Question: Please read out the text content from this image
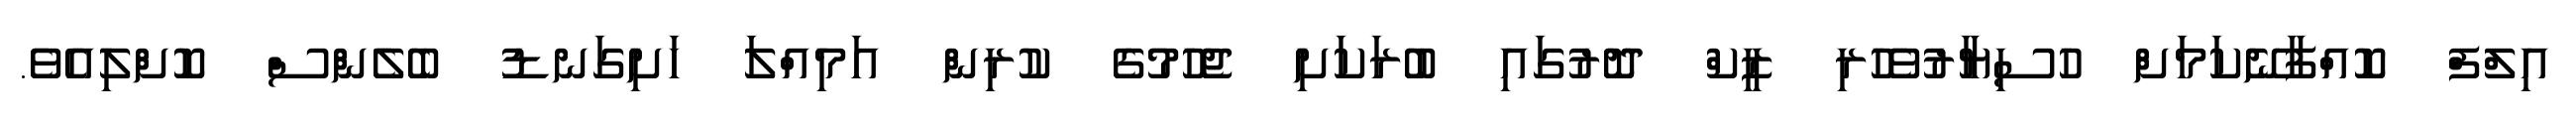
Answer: އިލްފް ކޮއްފާނޭކަމަށް ހުސިޔާރުވެހުރި ޒީކް ދޮރުގައި ބުރަކަށި ޖެހުމުގެ ކުރިން އަމިއްލަ ހަށިގަނޑު ބެލެންސް ކޮށްލިއެވެ.